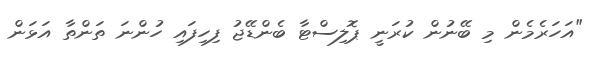
"އަހަރެމެން މި ބޭނުން ކުރަނީ ޕޮލިސްޓާ ބެންޑޭޖު ފިހިފައި ހުންނަ ތަންތާ އަޅަން